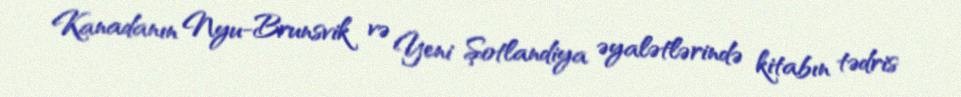
Kanadanın Nyu-Brunsvik və Yeni Şotlandiya əyalətlərində kitabın tədris